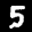
Label: 5